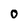
Character: O